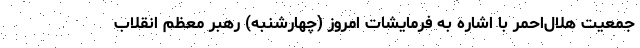
جمعیت هلال‌احمر با اشاره به فرمایشات امروز (چهارشنبه) رهبر معظم انقلاب